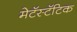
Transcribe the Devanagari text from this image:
मेटॅस्टॅटिक